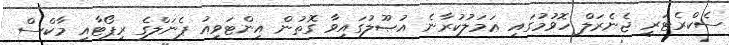
ސެކްރެޓަރީ ޖެނެރަލް ހޮވުމުގައިި ޢަމަލުކުރާނެ އުޞޫލުގައިވާ ގޮތުން އިންޓަވިއު ޕެނަލްގެ ރިޕޯޓާއި މާކްސް